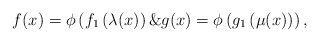
\begin{align*}f(x)=\phi\left(f_{1}\left(\lambda(x\right)\right)\& g(x)=\phi\left(g_{1}\left(\mu(x)\right)\right),\end{align*}